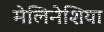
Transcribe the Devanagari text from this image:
मेलिनेशिया